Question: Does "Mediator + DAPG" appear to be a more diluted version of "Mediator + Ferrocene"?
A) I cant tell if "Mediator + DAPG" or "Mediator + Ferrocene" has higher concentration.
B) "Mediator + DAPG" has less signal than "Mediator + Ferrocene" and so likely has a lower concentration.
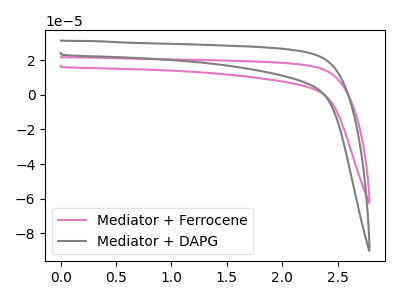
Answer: <think>The pink curve "Mediator + Ferrocene" has no peaks. The gray curve "Mediator + DAPG" has no peaks.
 Neither "Mediator + DAPG" or "Mediator + Ferrocene" have any peaks.</think>
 <answer>A) I cant tell if "Mediator + DAPG" or "Mediator + Ferrocene" has higher concentration.</answer>
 <eval>A</eval>